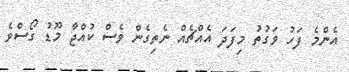
އެންމެ ފަހު ވަގުތު މިފަދަ އެއްޗެއް ނެތިގެން ވެސް ކުއްޖާ މޫޑު ގޯސްވެ